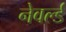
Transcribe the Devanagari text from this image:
नेवर्ल्ड